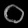
Digit: ၀